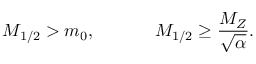
M _ { 1 / 2 } > m _ { 0 } , \; \; \; \; \; \; \; \; \; \; \; \; M _ { 1 / 2 } \geq \frac { M _ { Z } } { \sqrt { \alpha } } .